Indian Civil Veterinary Department memoirs
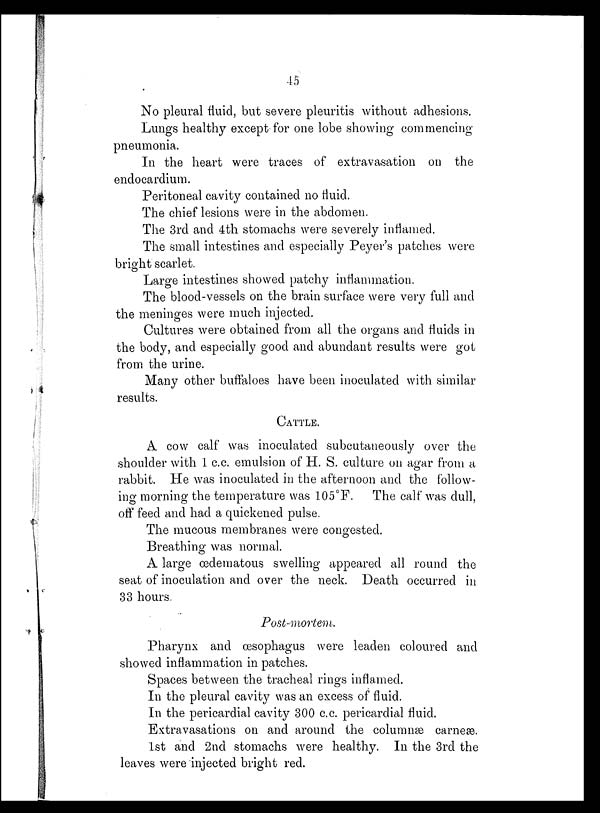
45
No pleural fluid, but severe pleuritis without adhesions.
Lungs healthy except for one lobe showing commencing
pneumonia.
In the heart were traces of extravasation on the
endocardium.
Peritoneal cavity contained no fluid.
The chief lesions were in the abdomen.
The 3rd and 4th stomachs were severely inflamed.
The small intestines and especially Peyer's patches were
bright scarlet.
Large intestines showed patchy inflammation.
The blood-vessels on the brain surface were very full and
the meninges were much injected.
Cultures were obtained from all the organs and fluids in
the body, and especially good and abundant results were got
from the urine.
Many other buffaloes have been inoculated with similar
results.
CATTLE.
A. cow calf was inoculated subcutaneously over the
shoulder with 1 c.c. emulsion of H. S. culture on agar from a
rabbit. He was inoculated in the afternoon and the follow-
ing morning the temperature was 105°F. The calf was dull,
off feed and had a quickened pulse.
The mucous membranes were congested.
Breathing was normal.
A large œdematous swelling appeared all round the
seat of inoculation and over the neck. Death occurred in
33 hours.
Post-mortem.
Pharynx and œsophagus were leaden coloured and
showed inflammation in patches.
Spaces between the tracheal rings inflamed.
In the pleural cavity was an excess of fluid.
In the pericardial cavity 300 c.c. pericardial fluid.
Extravasations on and around the columnæ carneæ.
1st and 2nd stomachs were healthy. In the 3rd the
leaves were injected bright red.